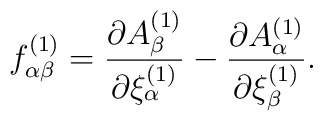
f^{(1)}_{\alpha \beta}={{\partial A^{(1)}_{\beta}}\over {\partial \xi^{(1)}_{\alpha}}} -{{\partial A^{(1)}_{\alpha}}\over {\partial \xi^{(1)}_{\beta}}}.